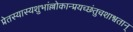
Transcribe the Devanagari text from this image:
प्रेतस्यास्यशुभांल्लोकान्प्रयच्छंतुचशाश्वतान्